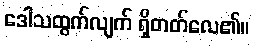
ဒေါသထွက်လျက် ရှိတတ်လေ၏။